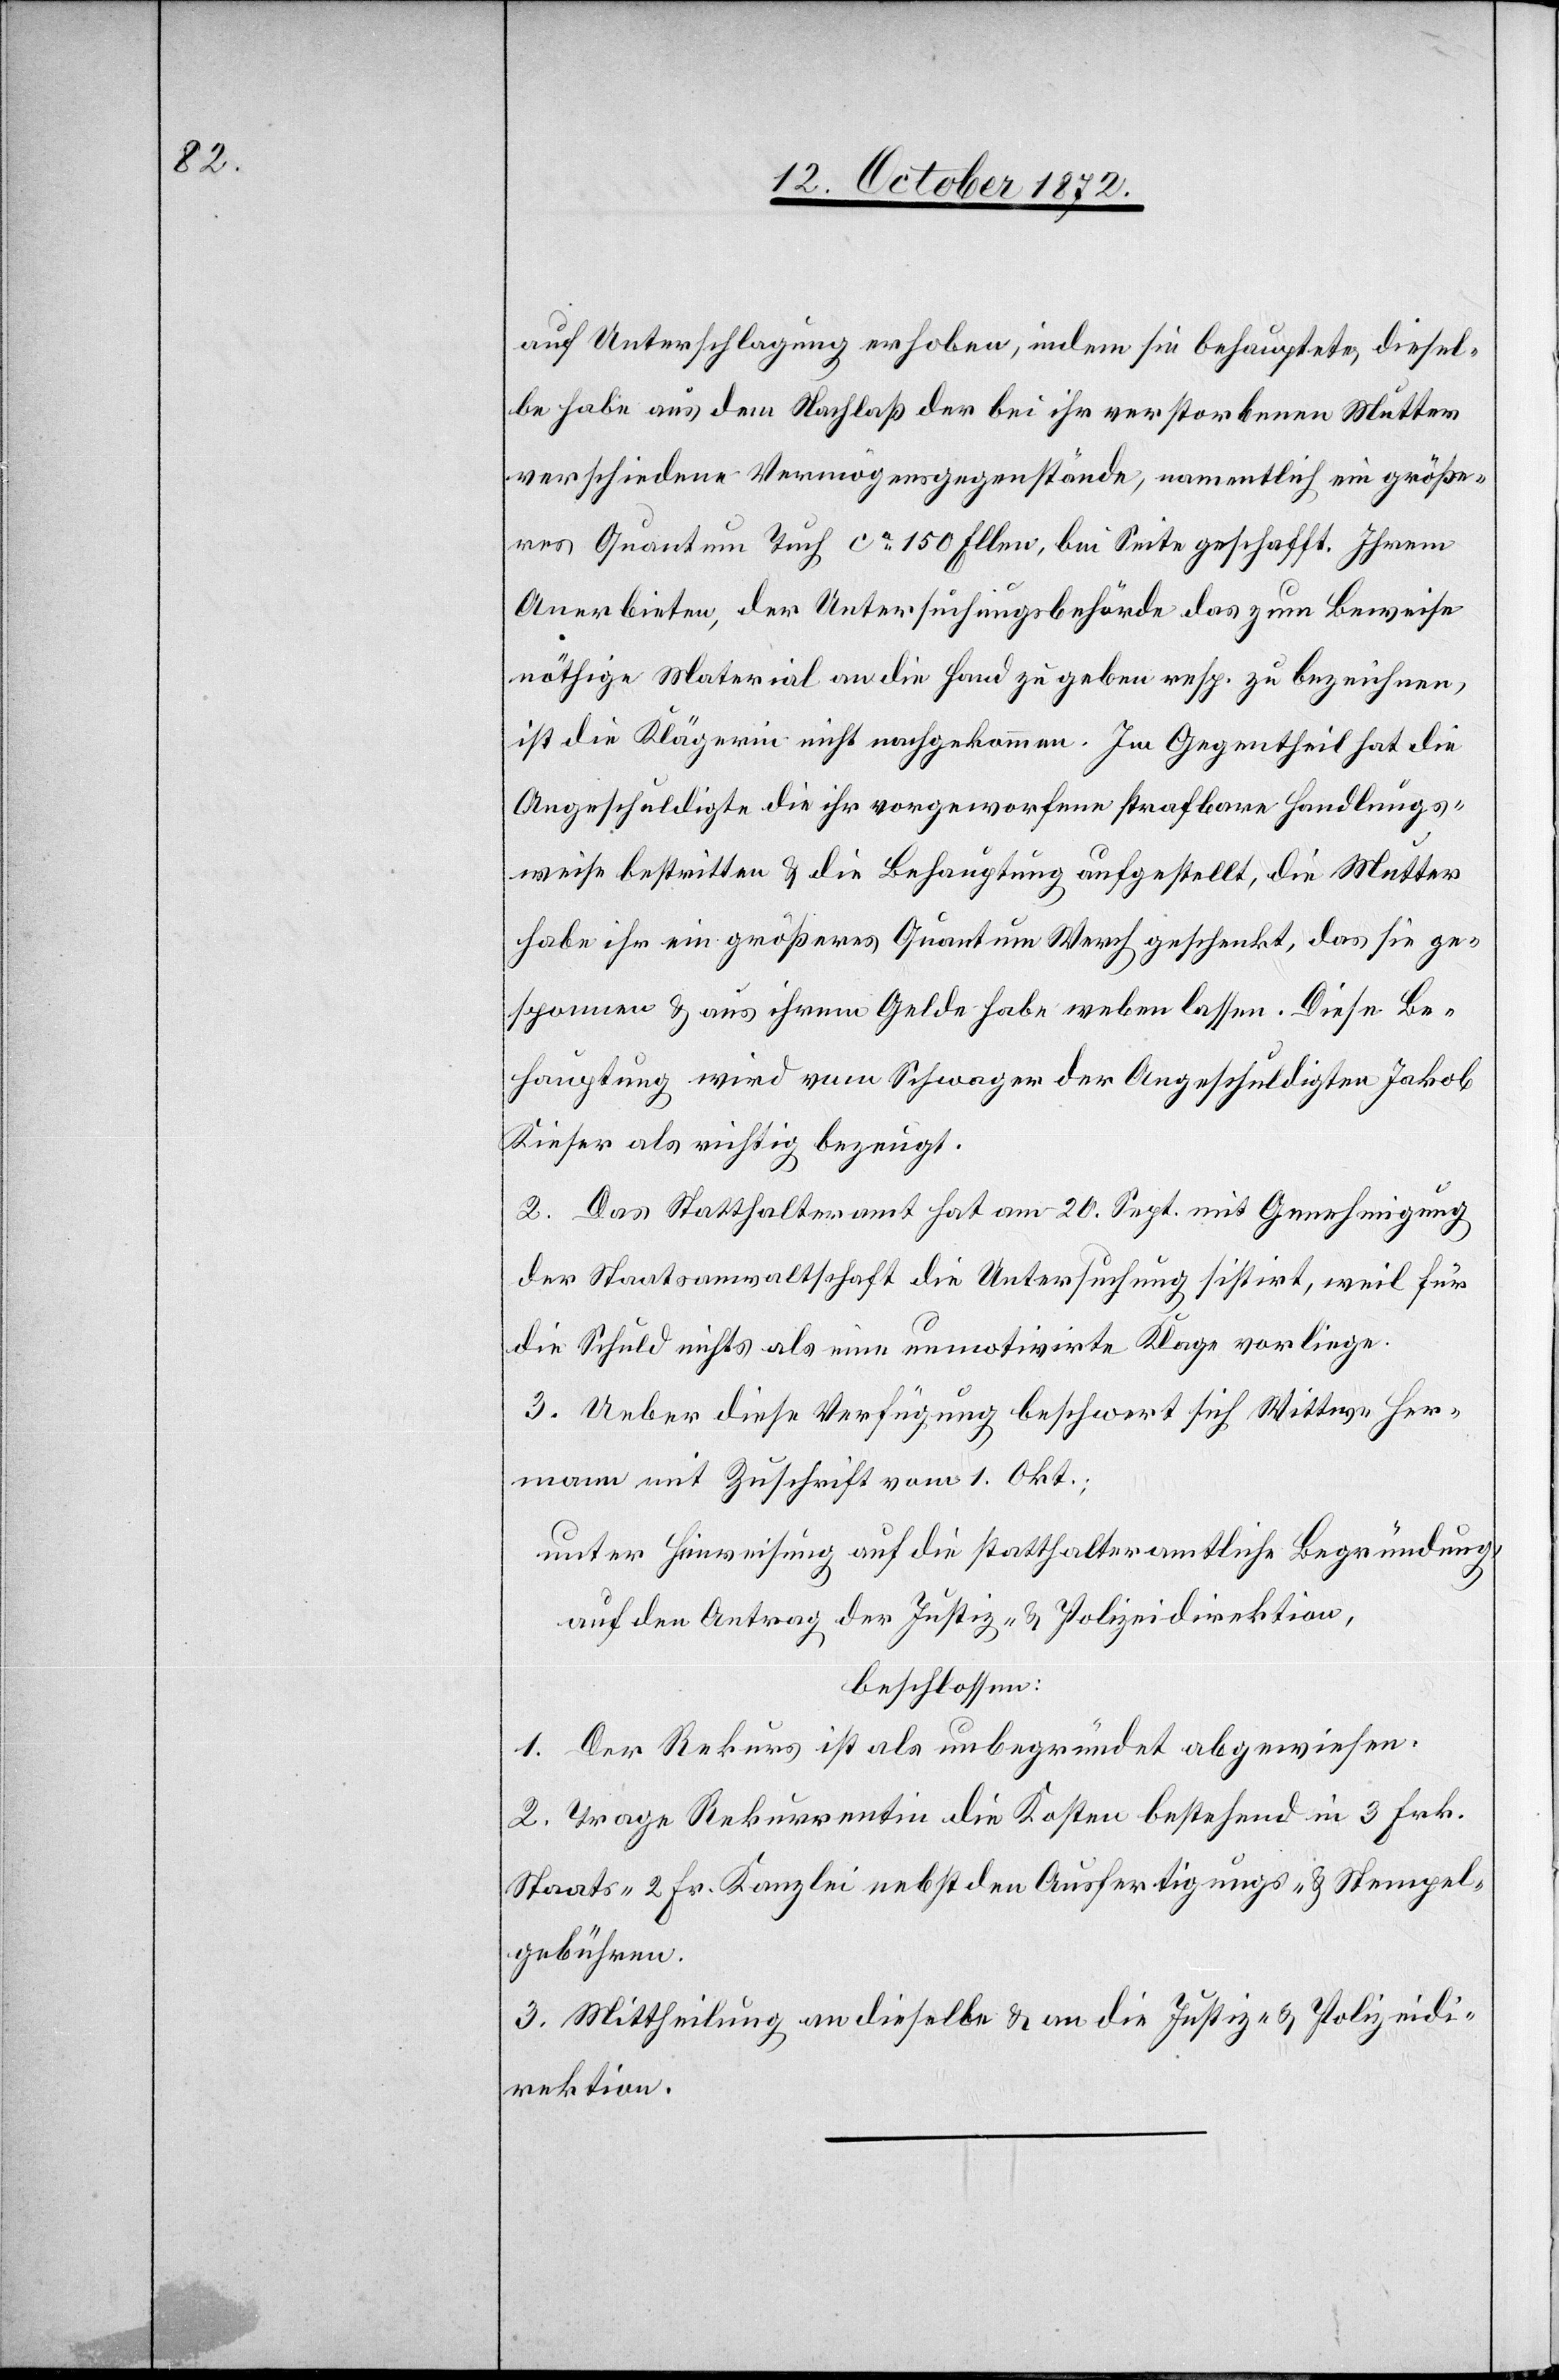
auf Unterschlagung erhoben, indem sie behauptete, diesel¬
be habe aus dem Nachlaß der bei ihr verstorbenen Mutter
verschiedene Vermögensgegenstände, namentlich ein größe¬
res Quantum Tuch ca 150 Ellen, bei Seite geschafft. Ihrem
Anerbieten, der Untersuchungsbehörde das zum Beweise
nöthige Material an die Hand zu geben resp. zu bezeichnen,
ist die Klägerin nicht nachgekommen. Im Gegentheil hat die
Angeschuldigte die ihr vorgeworfenen strafbare Handlungs¬
weise bestritten u. die Behauptung aufgestellt, die Mutter
habe ihr ein größeres Quantum Werch geschenkt, das sie ge¬
sponnen u. aus ihrem Gelde habe weben lassen. Diese Be¬
hauptung wird vom Schwager der Angeschuldigten Jakob
Kieser als richtig bezeugt.
2. Das Statthalteramt hat am 20. Sept. mit Genehmigung
der Staatsanwaltschaft die Untersuchung sistirt, weil für
die Schuld nichts als eine unmotivirte Klage vorliege.
3. Ueber diese Verfügung beschwert sich Wittwe Her¬
mann mit Zuschrift vom 1. Okt.;
unter Hinweisung auf die statthalteramtliche Begründung,
auf den Antrag der Justiz- u. Polizeidirektion,
beschlossen:
1. Der Rekurs ist als unbegründet abgewiesen.
2. Trage Rekurrentin die Kosten bestehend in 3 Frk.
Staats- 2 Fr. Kanzlei[-] nebst den Ausfertigungs- u. Stempel¬
gebühren.
3. Mittheilung an dieselbe u. an die Justiz- u. Polizeidi¬
rektion.